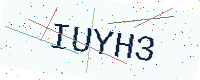
Text: IUYH3